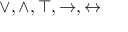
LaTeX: \vee , \wedge , \top , \rightarrow , \leftrightarrow